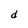
Character: d